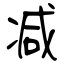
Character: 减